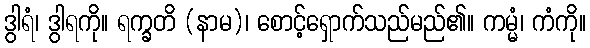
ဒွါရံ၊ ဒွါရကို။ ရက္ခတိ (နာမ)၊ စောင့်ရှောက်သည်မည်၏။ ကမ္မံ၊ ကံကို။